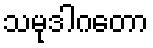
သမုဒါဂတော